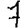
Digit: 7